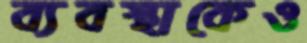
ব্যবস্থাকেও